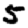
Digit: 5